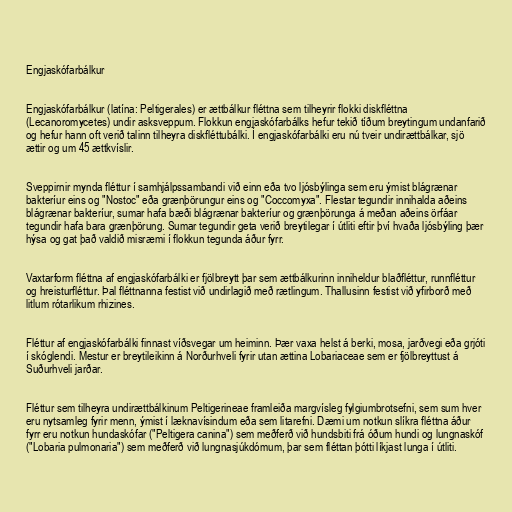
Engjaskófarbálkur

Engjaskófarbálkur (latína: Peltigerales) er ættbálkur fléttna sem tilheyrir flokki diskfléttna
(Lecanoromycetes) undir asksveppum. Flokkun engjaskófarbálks hefur tekið tíðum breytingum undanfarið
og hefur hann oft verið talinn tilheyra diskfléttubálki. Í engjaskófarbálki eru nú tveir undirættbálkar, sjö
ættir og um 45 ættkvíslir.

Sveppirnir mynda fléttur í samhjálpssambandi við einn eða tvo ljósbýlinga sem eru ýmist blágrænar
bakteríur eins og "Nostoc" eða grænþörungur eins og "Coccomyxa". Flestar tegundir innihalda aðeins
blágrænar bakteríur, sumar hafa bæði blágrænar bakteríur og grænþörunga á meðan aðeins örfáar
tegundir hafa bara grænþörung. Sumar tegundir geta verið breytilegar í útliti eftir því hvaða ljósbýling þær
hýsa og gat það valdið misræmi í flokkun tegunda áður fyrr.

Vaxtarform fléttna af engjaskófarbálki er fjölbreytt þar sem ættbálkurinn inniheldur blaðfléttur, runnfléttur
og hreisturfléttur. Þal fléttnanna festist við undirlagið með rætlingum. Thallusinn festist við yfirborð með
litlum rótarlikum rhizines.

Fléttur af engjaskófarbálki finnast víðsvegar um heiminn. Þær vaxa helst á berki, mosa, jarðvegi eða grjóti
í skóglendi. Mestur er breytileikinn á Norðurhveli fyrir utan ættina Lobariaceae sem er fjölbreyttust á
Suðurhveli jarðar.

Fléttur sem tilheyra undirættbálkinum Peltigerineae framleiða margvísleg fylgiumbrotsefni, sem sum hver
eru nytsamleg fyrir menn, ýmist í læknavísindum eða sem litarefni. Dæmi um notkun slíkra fléttna áður
fyrr eru notkun hundaskófar ("Peltigera canina") sem meðferð við hundsbiti frá óðum hundi og lungnaskóf
("Lobaria pulmonaria") sem meðferð við lungnasjúkdómum, þar sem fléttan þótti líkjast lunga í útliti.